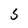
Character: 5